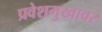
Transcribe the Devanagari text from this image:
प्रवेशमुखावर